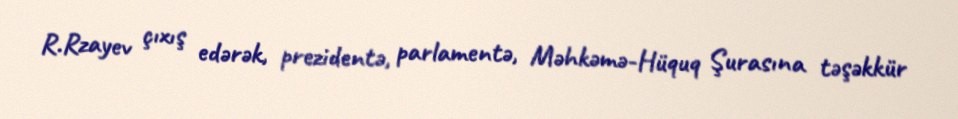
R.Rzayev çıxış edərək, prezidentə, parlamentə, Məhkəmə-Hüquq Şurasına təşəkkür